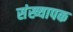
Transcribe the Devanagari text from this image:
संख्यापक